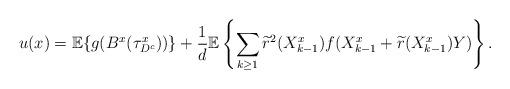
LaTeX: \begin{align*} u(x)=\mathbb{E}\{g(B^x(\tau^x_{D^c}))\}+\frac{1}{d}\mathbb{E}\left\{\sum\limits_{k\geq 1}\widetilde{r}^2(X^x_{k-1})f(X^x_{k-1}+\widetilde{r}(X^x_{k-1})Y)\right\}. \end{align*}